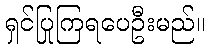
ရှင်ပြုကြရပေဦးမည်။